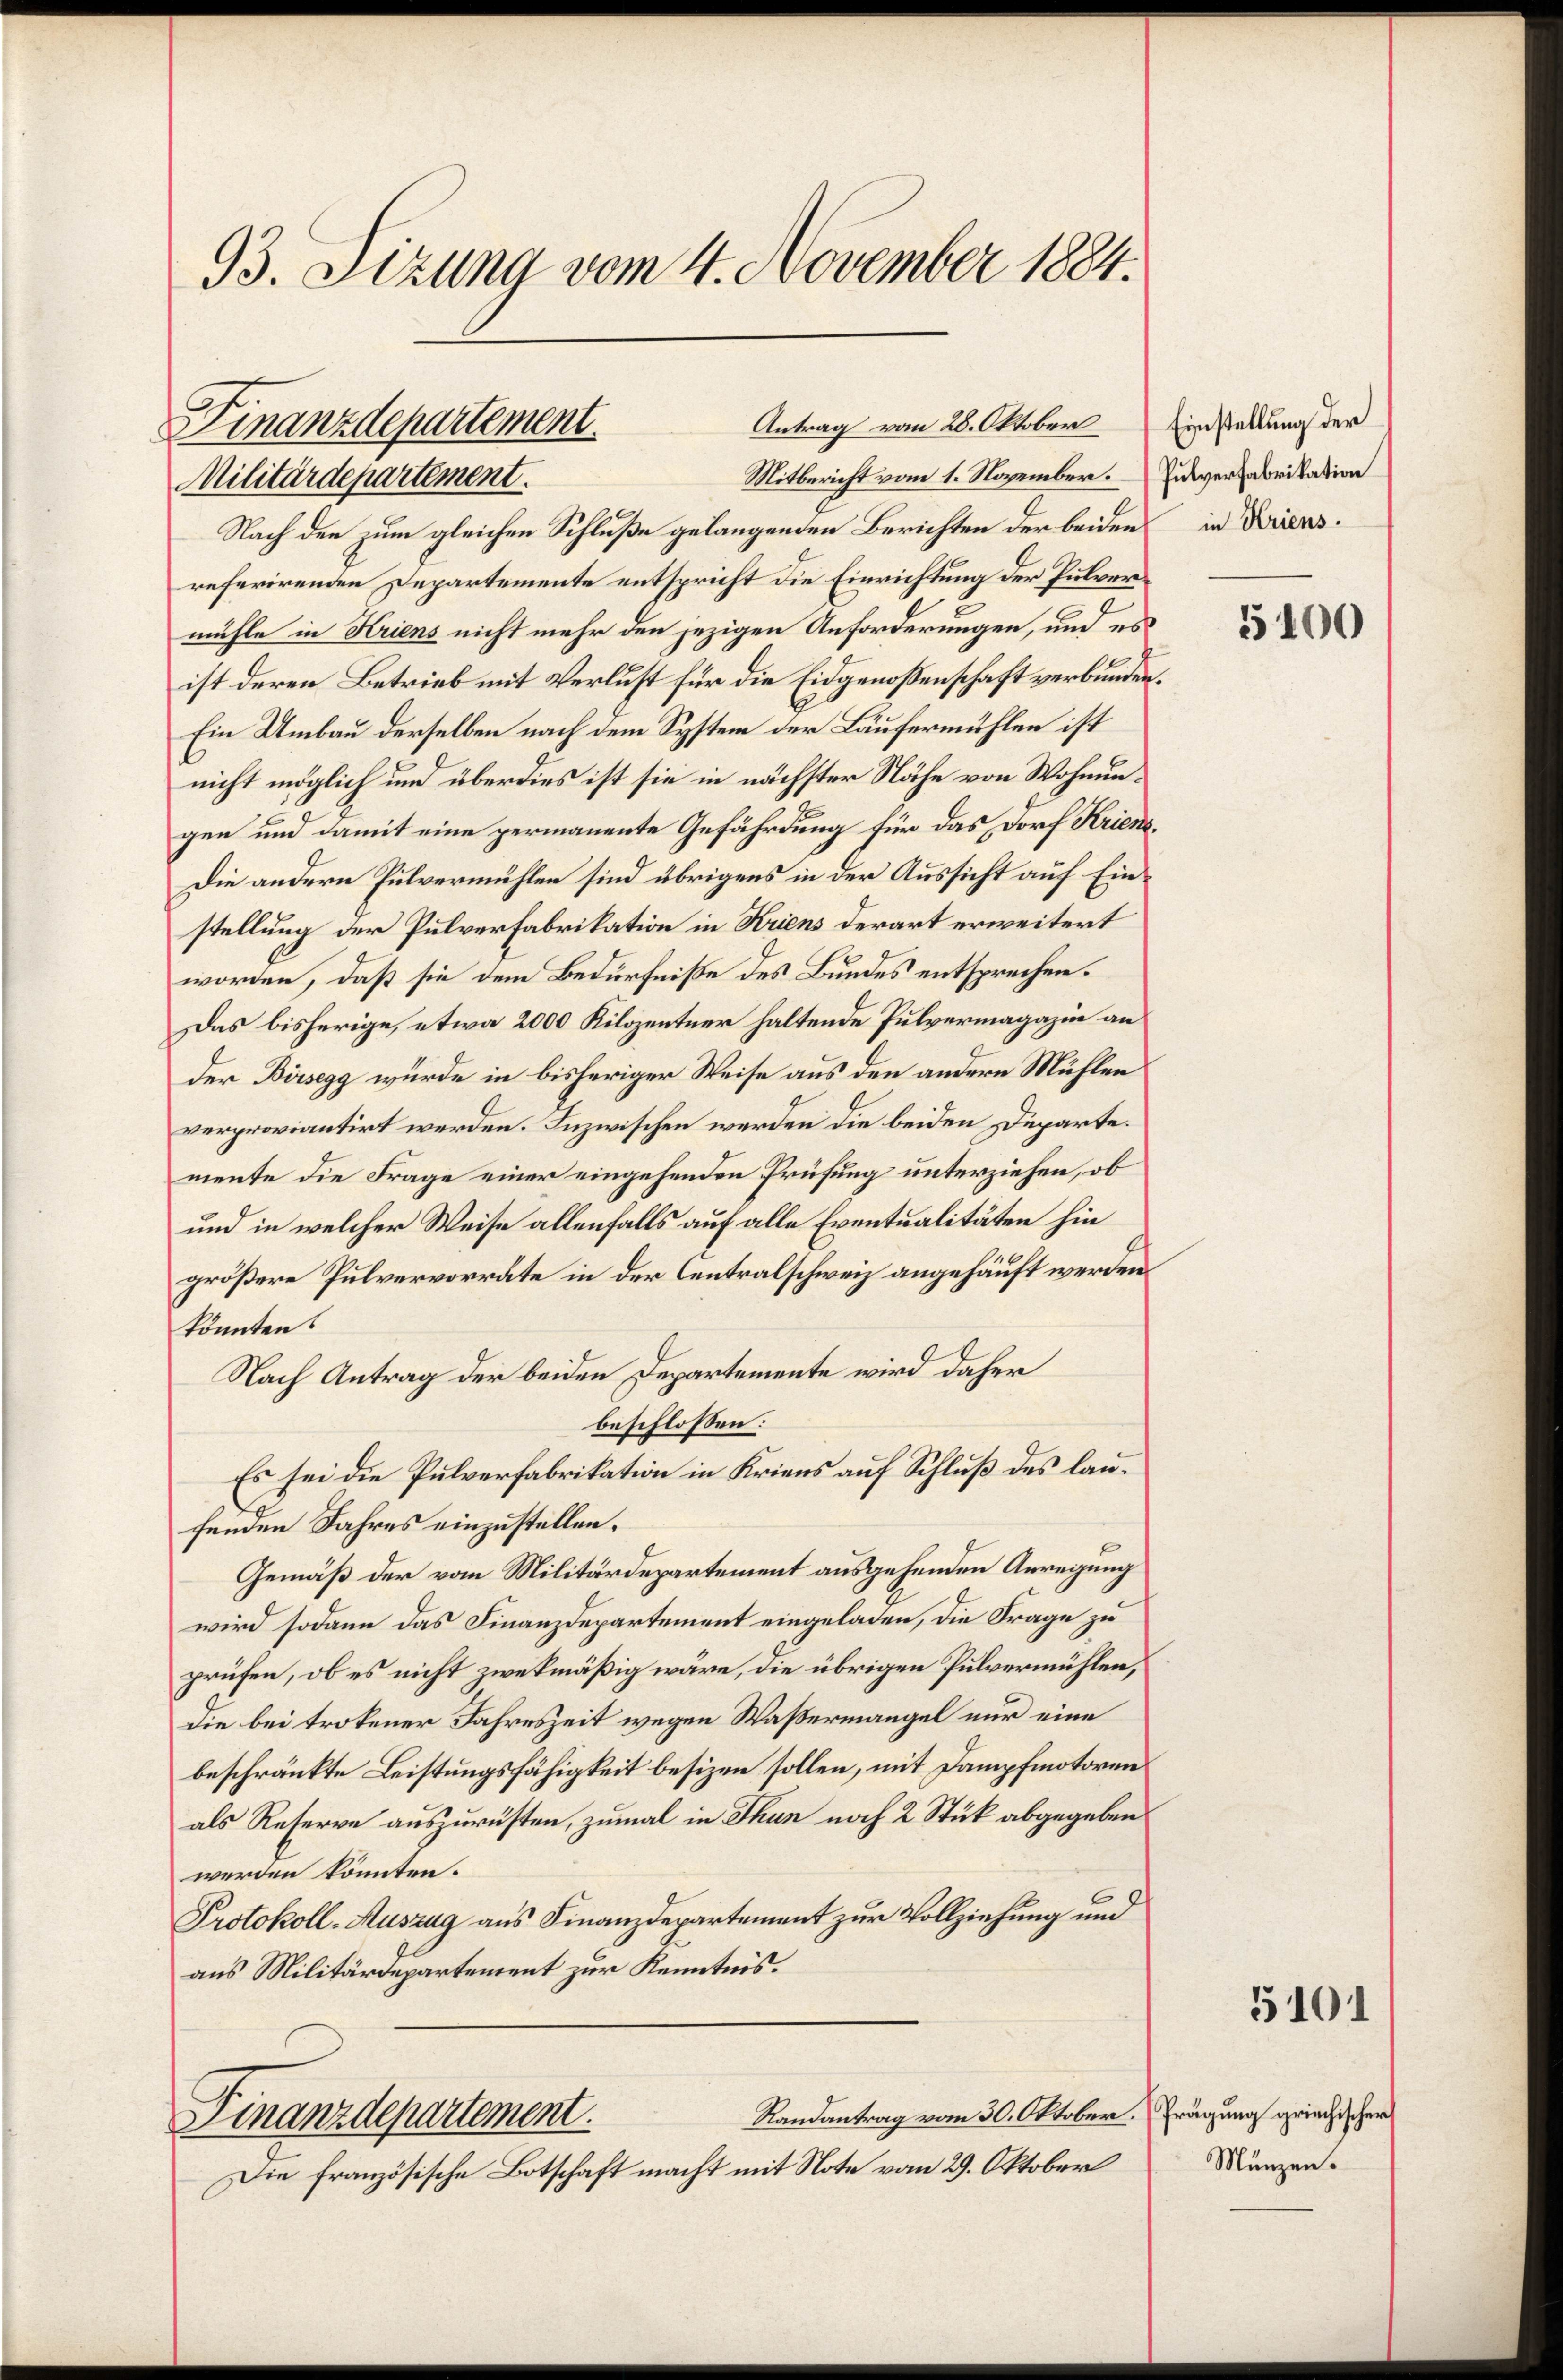
93. Sizung vom 4. November 1884.

Antrag vom 28. Oktober
Finanzdepartement.
Mitbericht vom 1. November. Pulverfabrikation
Militärdepartement.

Nach den zum gleichen Schluße gelangenden Berichten der beiden in Diensreferirenden Departemente entspricht die Einrichtung der Pulvermühle in Kriens nicht mehr den jezigen Anforderungen, und es
ist deren Betrieb mit Verlust für die Eidgenoßenschaft verbunden.
Ein Umbau derselben nach dem System der Läufermühlen ist
nicht möglich und überdies ist sie in nächster Nähe von Wohnungen und damit eine permanente Gefährdung für das Dorf Kriens¬
Die andern Pulvermühlen sind übrigens in der Aussicht auf Einstellung der Pulverfabrikation in Kriens derart erweitert
worden, daß sie dem Bedürfniße des Bundes entsprechen.
Das bisherige, etwa 2000 Kilozentner haltende Pulvermagazin an
der Birsegg wurde in bisheriger Weise aus den andern Mühlen
verproviantirt werden. Inzwischen werden die beiden Departe.
mente die Frage einer eingehenden Prüfung unterziehen, ob
und in welcher Weise allenfalls auf alle Eventualitäten hin
größere Pulvervorräte in der Centralschweiz angehäuft werden
könnten.
Nach Antrag der beiden Departemente wird daher
beschlossen:
Es sei die Pulverfabrikation in Kriens auf Schluß des lanfeinen Jahres einzustellen.
Gemäß der vom Militärdepartement ausgehenden Anreigung
wird sodann das Finanzdepartement eingeladen, die Frage zu
prüfen, ob es nicht zwekmäßig wäre, die übrigen Pulvermühlen,
die bei trokener Jahreszeit wegen Waßermangel nur eine
beschränkte Leistungsfähigkeit besizen sollen, mit Dampfmotoren
als Reserve auszurüsten, zumal in Thun noch 2 Stück abgegeben
werden könnten.
Protokoll-Auszug aus Finanzdepartement zur Vollziehung und
aus Militärdepartement zur Kenntnis.
Randantrag vom 30. Oktober. (Frägung griechischer
Finanzdepartement.
Die französische Botschaft macht mit Note vom 29. Oktober

Einstellung der

5100

5101

Münzen.